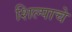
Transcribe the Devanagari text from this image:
शिल्पाचे